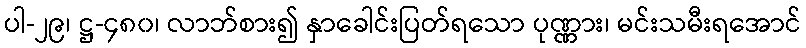
ပါ-၂၉၊ ဋ္ဌ-၄၈၀၊ လာဘ်စား၍ နှာခေါင်းပြတ်ရသော ပုဏ္ဏား၊ မင်းသမီးရအောင်